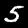
Digit: 5